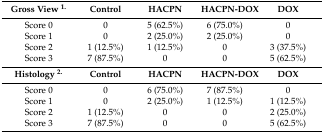
<table><thead><tr><td><b>Gross View <sup>1.</sup></b></td><td><b>Control</b></td><td><b>HACPN</b></td><td><b>HACPN-DOX</b></td><td><b>DOX</b></td></tr></thead><tbody><tr><td>Score 0</td><td>0</td><td>5 (62.5%)</td><td>6 (75.0%)</td><td>0</td></tr><tr><td>Score 1</td><td>0</td><td>2 (25.0%)</td><td>2 (25.0%)</td><td>0</td></tr><tr><td>Score 2</td><td>1 (12.5%)</td><td>1 (12.5%)</td><td>0</td><td>3 (37.5%)</td></tr><tr><td>Score 3</td><td>7 (87.5%)</td><td>0</td><td>0</td><td>5 (62.5%)</td></tr><tr><td><b>Histology <sup>2.</sup></b></td><td><b>Control</b></td><td><b>HACPN</b></td><td><b>HACPN-DOX</b></td><td><b>DOX</b></td></tr><tr><td>Score 0</td><td>0</td><td>6 (75.0%)</td><td>7 (87.5%)</td><td>0</td></tr><tr><td>Score 1</td><td>0</td><td>2 (25.0%)</td><td>1 (12.5%)</td><td>1 (12.5%)</td></tr><tr><td>Score 2</td><td>1 (12.5%)</td><td>0</td><td>0</td><td>2 (25.0%)</td></tr><tr><td>Score 3</td><td>7 (87.5%)</td><td>0</td><td>0</td><td>5 (62.5%)</td></tr></tbody></table>